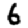
Digit: 6